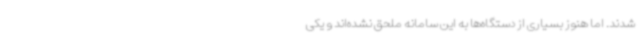
شدند. اما هنوز بسیاری از دستگاه‌ها به این سامانه ملحق نشده‌اند و یکی